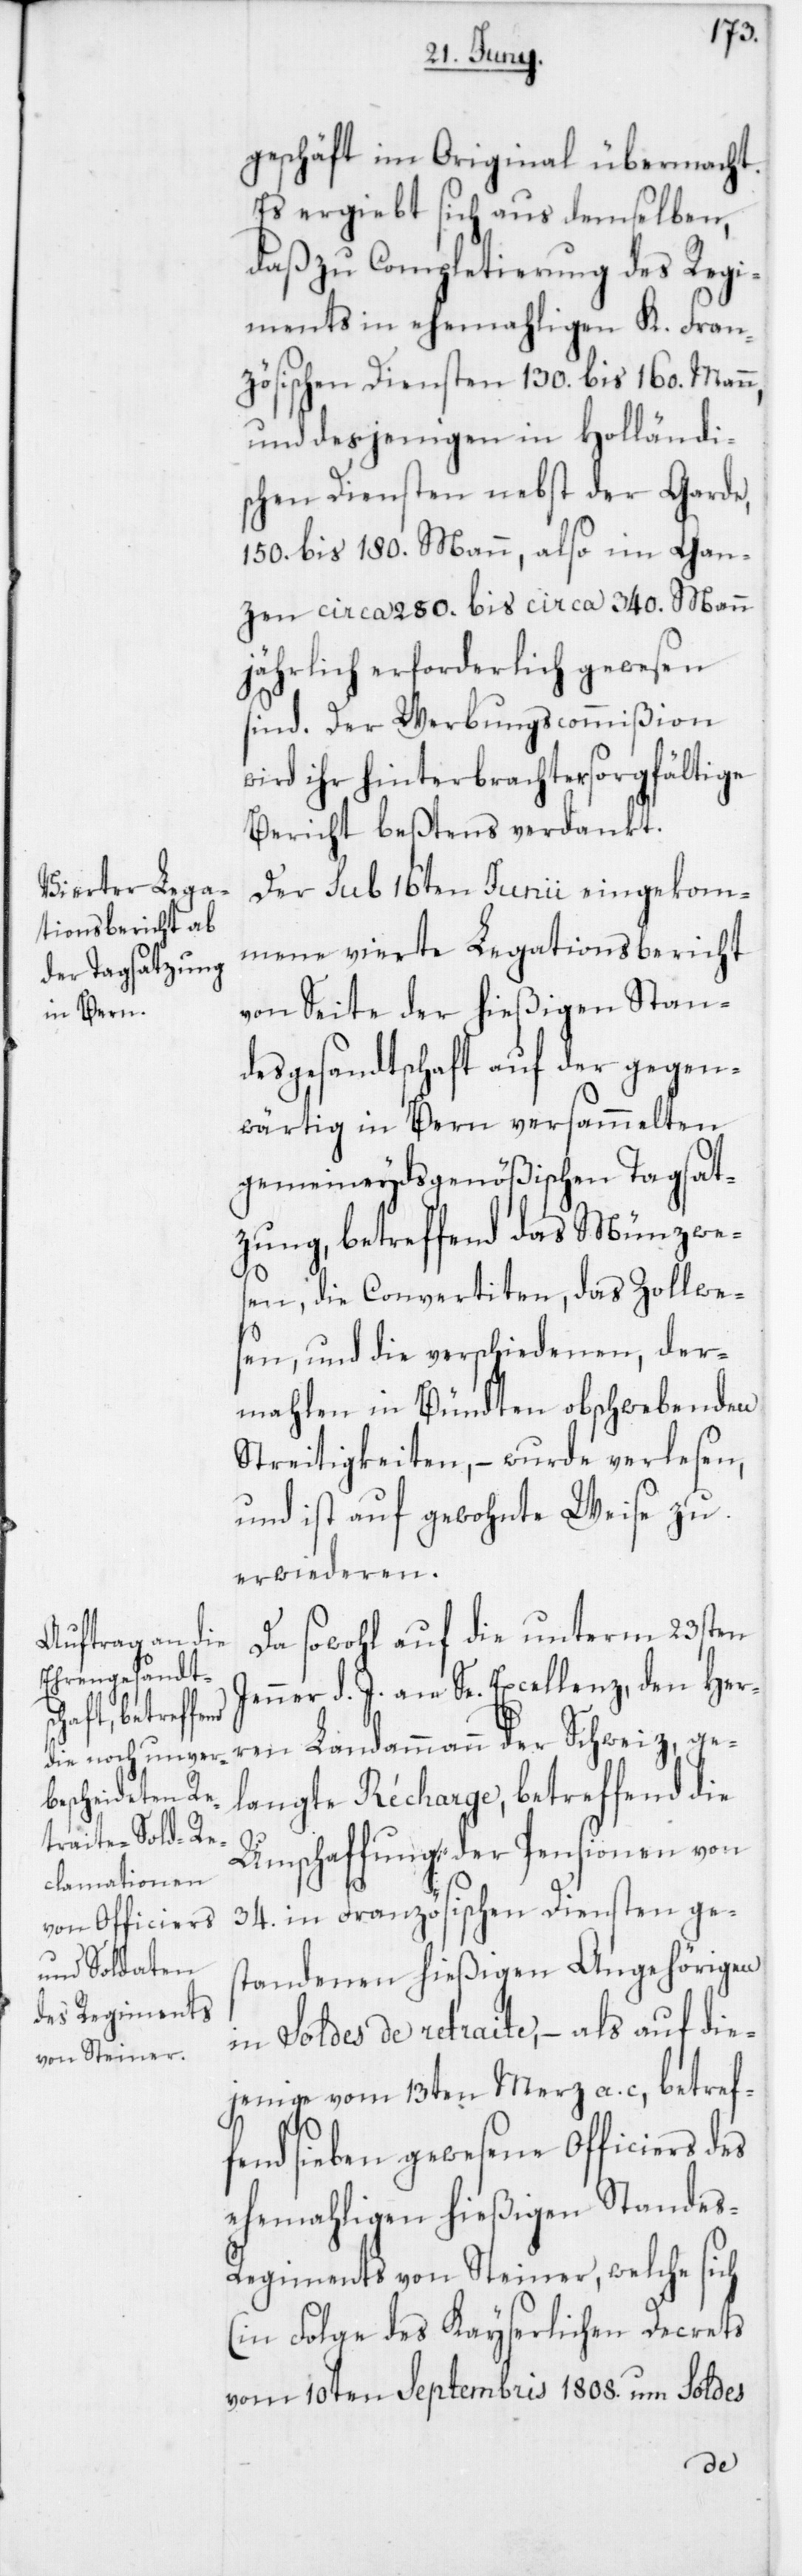
geschäft im Original übermacht.
Es ergiebt sich aus demselben,
daß zu Completierung des Regi¬
ments in ehemahligen K. Fran¬
zösischen Diensten 130. bis 160. Mann,
und desjenigen in Holländi¬
schen Diensten nebst der Garde
150. bis 180. Mann, also im Gan¬
zen circa 280. bis circa 340. Mann
jährlich erforderlich gewesen
sind. Der Werbungscommißion
die ihr hinterbrachter sorgfältige
Bericht beßtens verdankt.
Der sub 16ten Junii eingekom¬
mene vierte Legationsbericht
von Seite der hießigen Stan¬
desgesandtschaft auf der gegen¬
wärtig in Bern versammelten
gemeineydsgenößischen Tagsat¬
zung, betreffend das Münzwe¬
sen, die Convertiten, das Zollwe¬
sen, und die verschiedenen, der¬
mahlen in Bündten obschwebenden
Streitigkeiten, – wurde verlesen,
und ist auf gewohnte Weise zu
erwideren.
Da sowohl auf die unterm 23sten
Jenner d. J. an Se. Excellenz den Her¬
ren Landammann der Schweiz, ge¬
langte Récharge, betreffend die
Umschaffung der Pensionen von
34. in Französischen Diensten ge¬
standenen hießigen Angehörigen
in Soldes de retraite, – als auf die¬
jenige vom 13ten Merz a. c., betref¬
fend sieben gewesene Officiers des
ehemahligen hießigen Standes-R¬
egiments von Steiner, welche sich
(in Folge des Kayserlichen Decrets
vom 10ten Septembris 1808. um Soldes